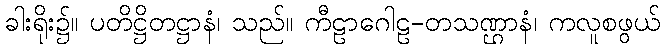
ခါးရိုး၌။ ပတိဋ္ဌိတဋ္ဌာနံ၊ သည်။ ကီဠာဂေါဠ-တသဏ္ဌာနံ၊ ကလူစဖွယ်